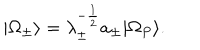
| \Omega _ { \pm } \rangle = \lambda _ { \pm } ^ { - \frac { 1 } { 2 } } a _ { \pm } | \Omega _ { P } \rangle .